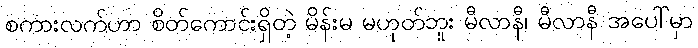
စကားလက်ဟာ စိတ်ကောင်းရှိတဲ့ မိန်းမ မဟုတ်ဘူး မီလာနီ၊ မီလာနီ အပေါ်မှာ